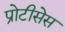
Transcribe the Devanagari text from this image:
प्रोटीसेस